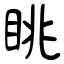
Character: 眺